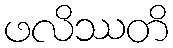
ဖလိဿတိ